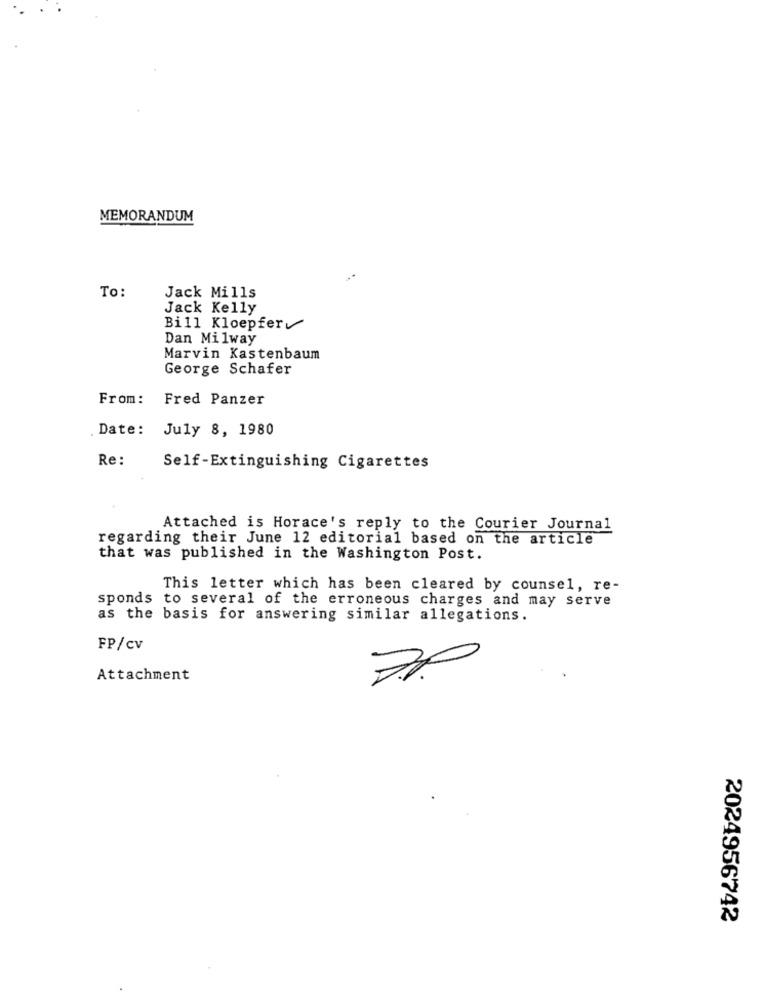
MEMORANDUM
To:
Jack Mills
Jack Kelly
Bill Kloepfer
Dan Milway
Marvin Kastenbaum
George Schafer
From: Fred Panzer
Date: July 8, 1980
Re:
Self-Extinguishing Cigarettes
Attached is Horace's reply to the Courier Journal
regarding their June 12 editorial based on the article
that was published in the Washington Post.
This letter which has been cleared by counsel, re-
sponds to several of the erroneous charges and may serve
as the basis for answering similar allegations.
FP/cv
Attachment
2024956742